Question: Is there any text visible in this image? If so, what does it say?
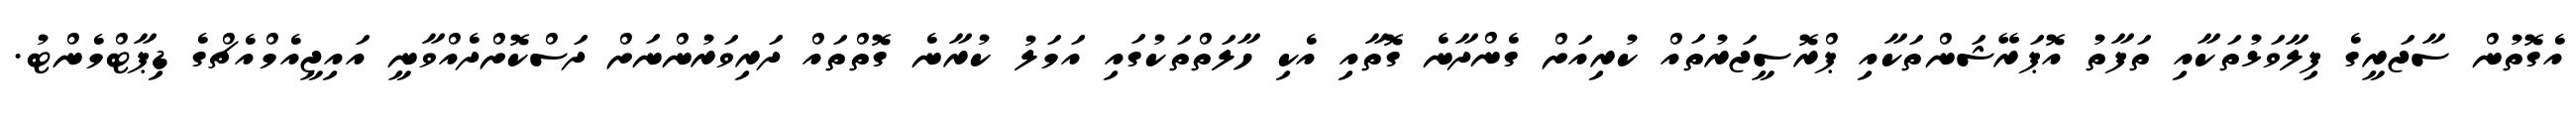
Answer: އެގޮތުން ސާޖަރީގެ ފިލާވަޅުތަކާއި ތަފާތު އޮޕަރޭޝަންތަކާއި ޕްރޮސީޖަރުތައް ކުރިއަށް ގެންދާނެ ގޮތާއި އެކި ހާލަތްތަކުގައި އަމަލު ކުރާނެ ގޮތްތައް ދަރިވަރުންނަށް ދަސްކޮށްދެއްވާނީ އައިޖީއެމްއެޗްގެ ޑިޕާޓްމެންޓު.